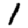
Digit: 1